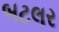
બટલર